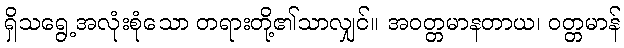
ရှိသရွေ့အလုံးစုံသော တရားတို့၏သာလျှင်။ အဝတ္တမာနတာယ၊ ဝတ္တမာန်